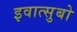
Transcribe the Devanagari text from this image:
इवात्सुबो